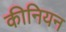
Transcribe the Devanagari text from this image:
कीनियन